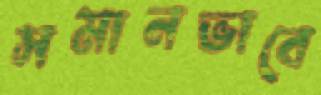
সমানভাবে